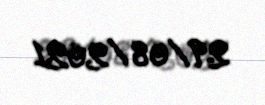
29/08/2021